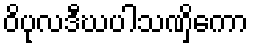
ဝိပုလဒီဃပါသဏှိကော